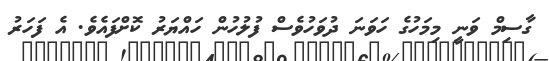
ގާސިމް ވަނީ މިމަހުގެ ހަވަނަ ދުވަހުވެސް ފުލުހުން ހައްޔަރު ކޮށްފައެވެ. އެ ފަހަރު